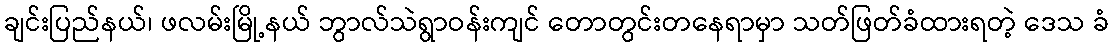
ချင်းပြည်နယ်၊ ဖလမ်းမြို့နယ် ဘွာလ်သဲရွာဝန်းကျင် တောတွင်းတနေရာမှာ သတ်ဖြတ်ခံထားရတဲ့ ဒေသ ခံ